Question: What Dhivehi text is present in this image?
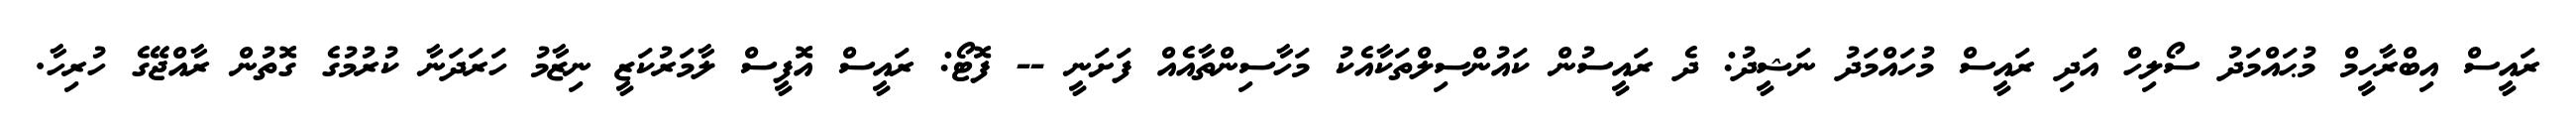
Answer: ރައީސް އިބްރާހީމް މުޙައްމަދު ސޯލިހް އަދި ރައީސް މުހައްމަދު ނަޝީދު: ދެ ރައީސުން ކައުންސިލްތަކާއެކު މަހާސިންތާއެއް ފަށަނީ -- ފޮޓޯ: ރައީސް އޮފީސް ލާމަރުކަޒީ ނިޒާމު ހަރަދަނާ ކުރުމުގެ ގޮތުން ރާއްޖޭގެ ހުރިހާ.